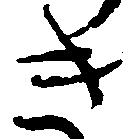
き